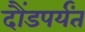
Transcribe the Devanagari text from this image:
दौंडपर्यंत